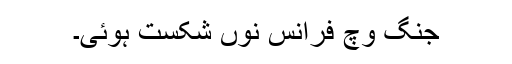
جنگ وچ فرانس نوں شکست ہوئی۔